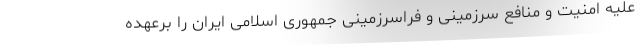
علیه امنیت و منافع سرزمینی و فراسرزمینی جمهوری اسلامی ایران را برعهده